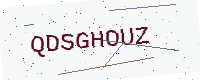
Text: QDSGHOUZ